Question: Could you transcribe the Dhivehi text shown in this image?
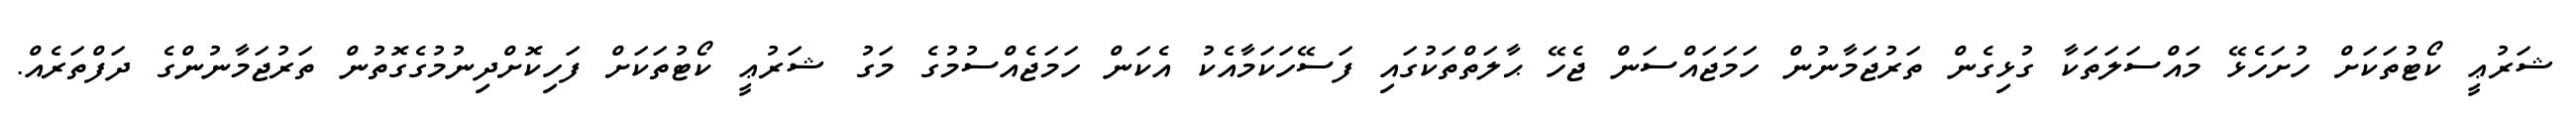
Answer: ޝަރުޢީ ކޯޓުތަކަށް ހުށަހެޅޭ މައްސަލަތަކާ ގުޅިގެން ތަރުޖަމާނުން ހަމަޖައްސަން ޖެހޭ ޙާލަތްތަކުގައި ފަސޭހަކަމާއެކު އެކަން ހަމަޖެއްސުމުގެ މަގު ޝަރުޢީ ކޯޓުތަކަށް ފަހިކޮށްދިނުމުގެގޮތުން ތަރުޖަމާނުންގެ ދަފްތަރެއް.